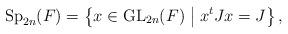
LaTeX: \begin{align*}\operatorname{Sp}_{2n}(F)=\left\{ x \in \operatorname{GL}_{2n}(F) \bigm\vert x^t J x=J \right\},\end{align*}